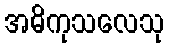
အဓိကုသလေသု